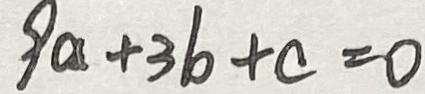
9 a + 3 b + c = 0